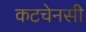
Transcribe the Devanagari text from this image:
कटचेनसी